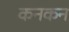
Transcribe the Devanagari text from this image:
कनकन